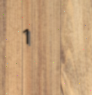
1